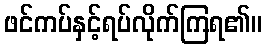
ဖင်ကပ်နှင့်ရပ်လိုက်ကြရ၏။